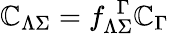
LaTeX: \mathbb{C}_{\Lambda\Sigma}=f_{\Lambda\Sigma}^{\ \ \Gamma}\mathbb{C}_{\Gamma}